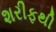
શરીફથી